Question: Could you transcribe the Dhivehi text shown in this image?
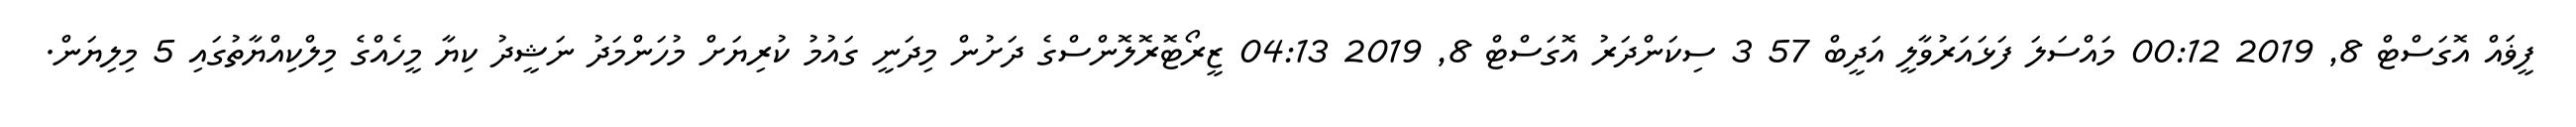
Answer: ފީޥައް އޮގަސްޓް 8, 2019 00:12 މައްސަލަ ފަޅައަރުވާލީ އަދީބް 57 3 ސިކަންދަރު އޮގަސްޓް 8, 2019 04:13 ޒީރޯޓޮރޮލޮންސްގެ ދަށުން މިދަނީ ގައުމު ކުރިޔަށް މުހަންމަދު ނަޝީދު ކިޔާ މީހެއްގެ މިލްކިއްޔާތުގައި 5 މިލިޔަން.